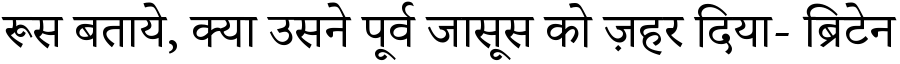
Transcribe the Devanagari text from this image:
रूस बताये, क्या उसने पूर्व जासूस को ज़हर दिया- ब्रिटेन